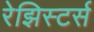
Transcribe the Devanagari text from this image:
रेझिस्टर्स